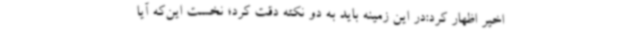
اخیر اظهار کرد:در این زمینه باید به دو نکته دقت کرد؛ نخست این‌که آیا